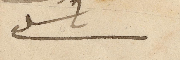
باسيل